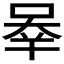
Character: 𰇶